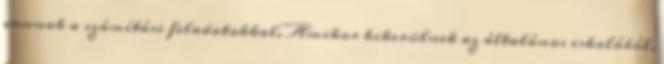
vannak a számítási feladatokkal. Amikor kikerülnek az általános iskolából,